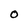
Character: o